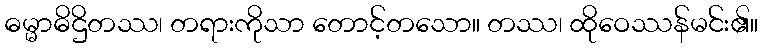
ဓမ္မာဓိဌိတဿ၊ တရားကိုသာ တောင့်တသော။ တဿ၊ ထိုဝေဿန်မင်း၏။